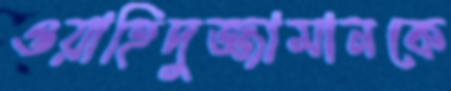
ওয়াহিদুজ্জামানকে